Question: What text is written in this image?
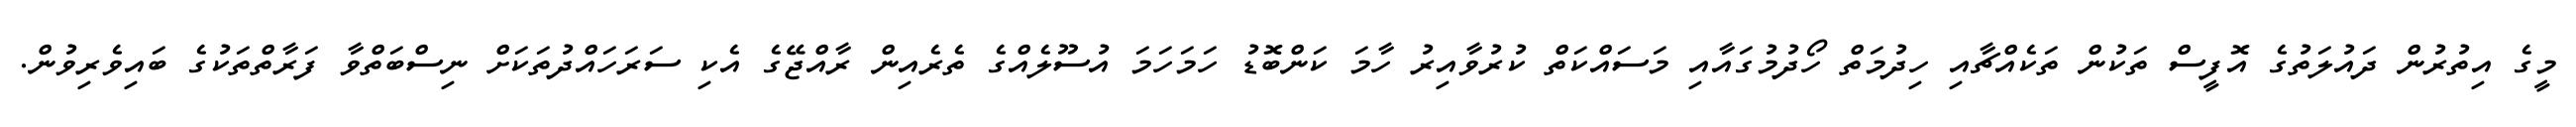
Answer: މީގެ އިތުރުން ދައުލަތުގެ އޮފީސް ތަކުން ތަކެއްޗާއި ހިދުމަތް ހޯދުމުގައާއި މަސައްކަތް ކުރުވާއިރު ހާމަ ކަންބޮޑު ހަމަހަމަ އުސޫލެއްގެ ތެރެއިން ރާއްޖޭގެ އެކި ސަރަހައްދުތަކަށް ނިސްބަތްވާ ފަރާތްތަކުގެ ބައިވެރިވުން.